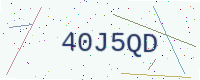
Text: 40J5QD